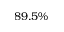
8 9 . 5 \%